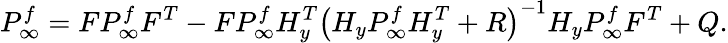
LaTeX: P_{\infty}^{f}=FP_{\infty}^{f}F^{T}-FP_{\infty}^{f}H_{y}^{T}\left(H_{y}P_{\infty}^{f}H_{y}^{T}+R\right)^{-1}H_{y}P_{\infty}^{f}F^{T}+Q.